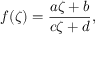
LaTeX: f ( \zeta ) = { \frac { a \zeta + b } { c \zeta + d } } ,